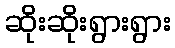
ဆိုးဆိုးရွားရွား